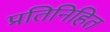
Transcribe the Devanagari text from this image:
प्रतिनिहित